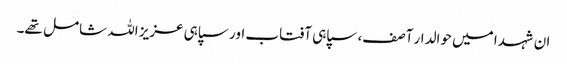
ان شہدا میں حوالدار آصف، سپاہی آفتاب اور سپاہی عزیز اللہ شامل تھے۔